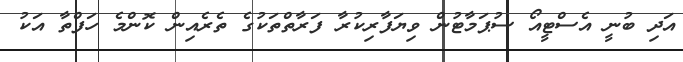
އަދި ބުނީ އެސްޓީއޯ ސުޕަމާޓުން ވިޔަފާރިކުރާ ފަރާތްތަކުގެ ތެރެއިން ކޮންމެ ހަފްތާ އަކު